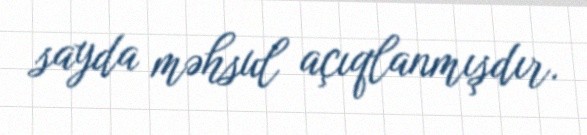
sayda məhsul açıqlanmışdır.